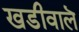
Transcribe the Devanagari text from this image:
खडीवालॆ